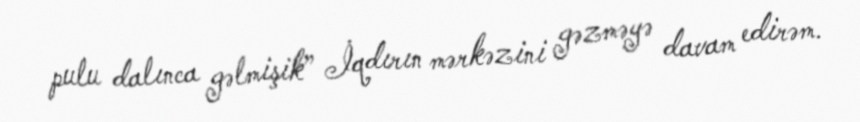
pulu dalınca gəlmişik” İqdırın mərkəzini gəzməyə davam edirəm.